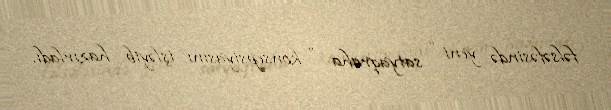
fəlsəfəsində yeni “ satyaqraha ” konsepsiyasını işləyib hazırladı.